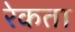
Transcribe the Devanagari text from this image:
रेकता